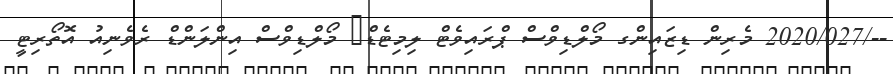
--/2020/027 މެރިން ޑިޒައިންގ މޯލްޑިވްސް ޕްރައިވެޓް ލިމިޓެޑް	 މޯލްޑިވްސް އިންލަންޑް ރެވެނިއު އޮތޯރިޓީ